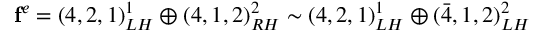
{ \bf f } ^ { e } = ( 4 , 2 , 1 ) _ { L H } ^ { 1 } \oplus ( 4 , 1 , 2 ) _ { R H } ^ { 2 } \sim ( 4 , 2 , 1 ) _ { L H } ^ { 1 } \oplus ( \bar { 4 } , 1 , 2 ) _ { L H } ^ { 2 }